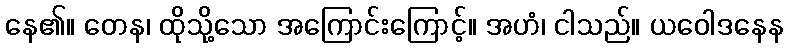
နေ၏။ တေန၊ ထိုသို့သော အကြောင်းကြောင့်။ အဟံ၊ ငါသည်။ ယဝေါဒနေန